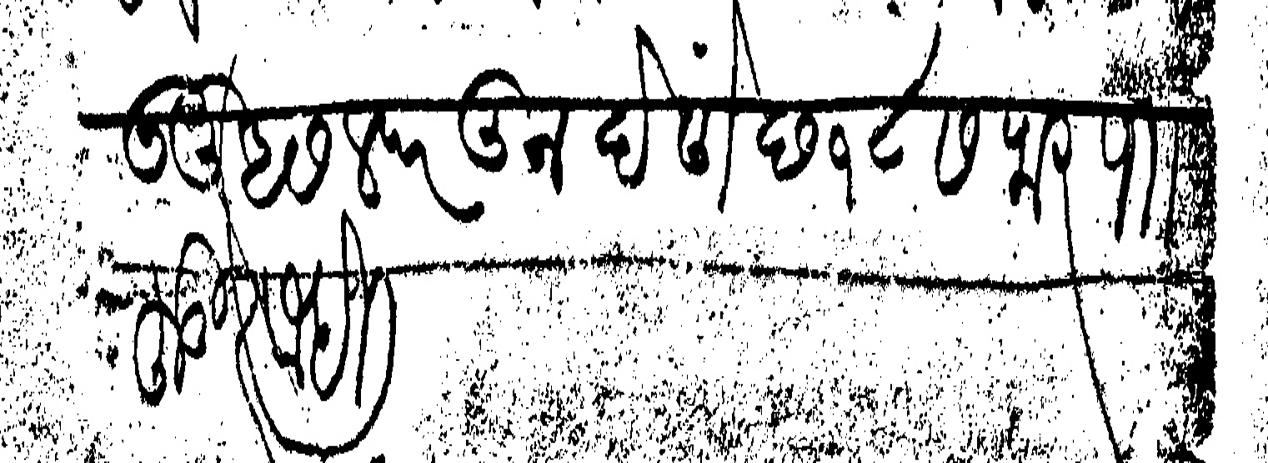
Transliteration (Devanagari): घेऊनु असल परतून देणें छ १८ सफर पाा हुजूर सही